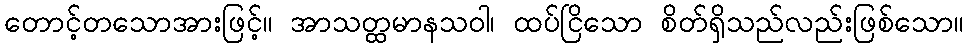
တောင့်တသောအားဖြင့်။ အာသတ္ထမာနသဝါ၊ ထပ်ငြိသော စိတ်ရှိသည်လည်းဖြစ်သော။